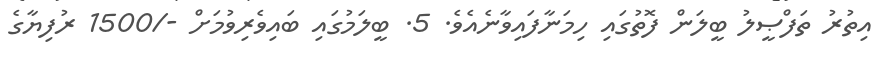
އިތުރު ތަފްޞީލު ބީލަން ފޮތުގައި ހިމަނާފައިވާނެއެވެ. 5. ބީލަމުގައި ބައިވެރިވުމަށް -/1500 ރުފިޔާގެ